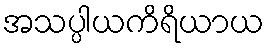
အသပ္ပါယကိရိယာယ